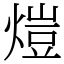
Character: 𤍈